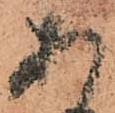
あ